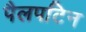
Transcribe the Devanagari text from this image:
पैलपटिन